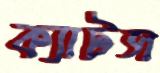
ক্যাটস